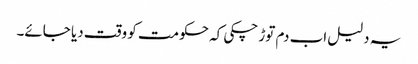
یہ دلیل اب دم توڑ چکی کہ حکومت کو وقت دیا جائے۔